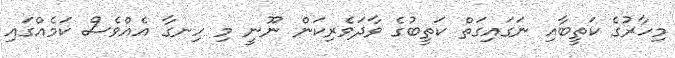
މިހާރުގެ ކަތީބާއި ނަގައިގަތް ކަތީބުގެ ވާދަވެރިކަން ނޫނީ މި ހިނގާ އެއްވެސް ކަމެއްގައި